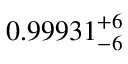
0 . 9 9 9 3 1 _ { - 6 } ^ { + 6 }